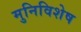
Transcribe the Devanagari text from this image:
मुनिविशेष